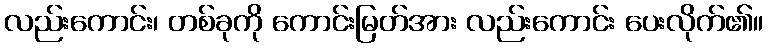
လည်းကောင်း၊ တစ်ခုကို ကောင်းမြတ်အား လည်းကောင်း ပေးလိုက်၏။